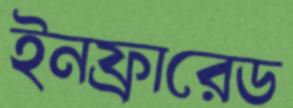
ইনফ্রারেড